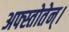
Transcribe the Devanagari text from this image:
अफ्स्तोतेन्।